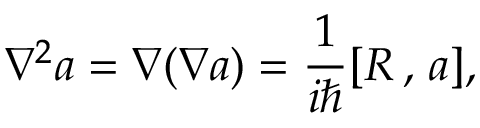
\nabla ^ { 2 } a = \nabla ( \nabla a ) = \frac 1 { i \hbar } [ R \, , \, a ] ,